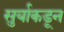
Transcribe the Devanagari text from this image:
सुर्याकडून